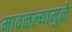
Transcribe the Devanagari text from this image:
मावळल्यामुळे